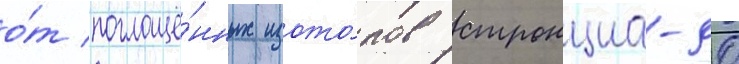
о́т поглощё́нных изото́пов стронциа-90